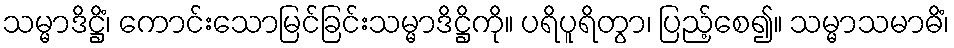
သမ္မာဒိဋ္ဌိံ၊ ကောင်းသောမြင်ခြင်းသမ္မာဒိဋ္ဌိကို။ ပရိပူရိတွာ၊ ပြည့်စေ၍။ သမ္မာသမာဓိံ၊